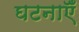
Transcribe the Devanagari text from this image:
घटनाऍँ